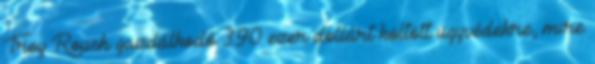
Troy Roush gazdálkodó 390 ezer dollárt költött ügyvédekre, mire